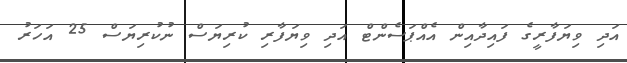
އަދި ވިޔަފާރީގެ ފައިދާއިން އެއްޕަސެންޓް އަދި ވިޔަފާރި ކުރިޔަސް ނުކުރިޔަސް 25 އަހަރު